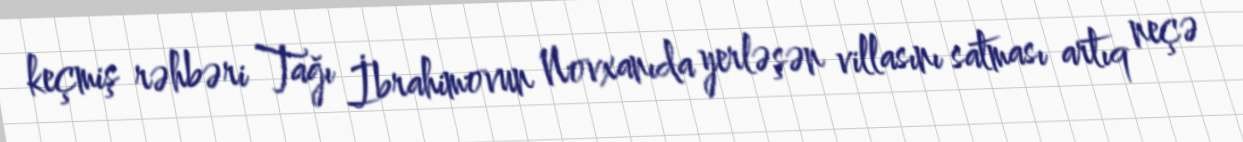
keçmiş rəhbəri Tağı İbrahimovun Novxanıda yerləşən villasını satması artıq neçə